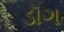
ડૉગ